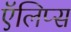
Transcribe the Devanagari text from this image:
ऍलिप्स